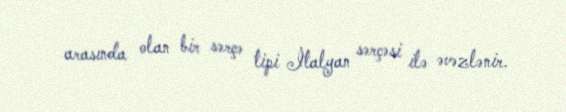
arasında olan bir sərçə tipi İtalyan sərçəsi ilə əvəzlənir.